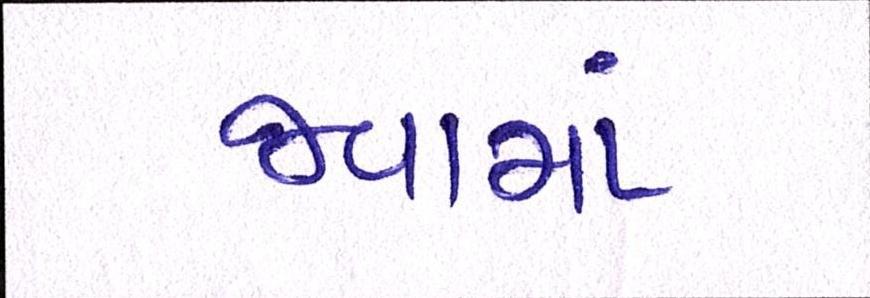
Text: જવામાં